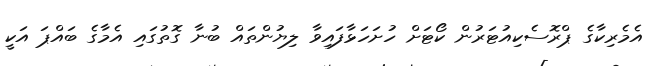
އެމެރިކާގެ ޕްރޮސެކިއުޓަރުން ކޯޓަށް ހުށަހަޅާފައިވާ ލިޔުންތައް ބުނާ ގޮތުގައި އެމާގެ ބައްޕަ އަކީ